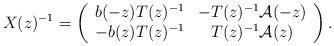
LaTeX: \begin{align*}X(z)^{-1} = \left ( \begin{array}{cc} b(-z) T(z)^{-1} & - T(z)^{-1} \mathcal{A}(-z) \\ - b(z) T(z)^{-1} & T(z)^{-1} \mathcal{A}(z) \\ \end{array} \right ) .\end{align*}